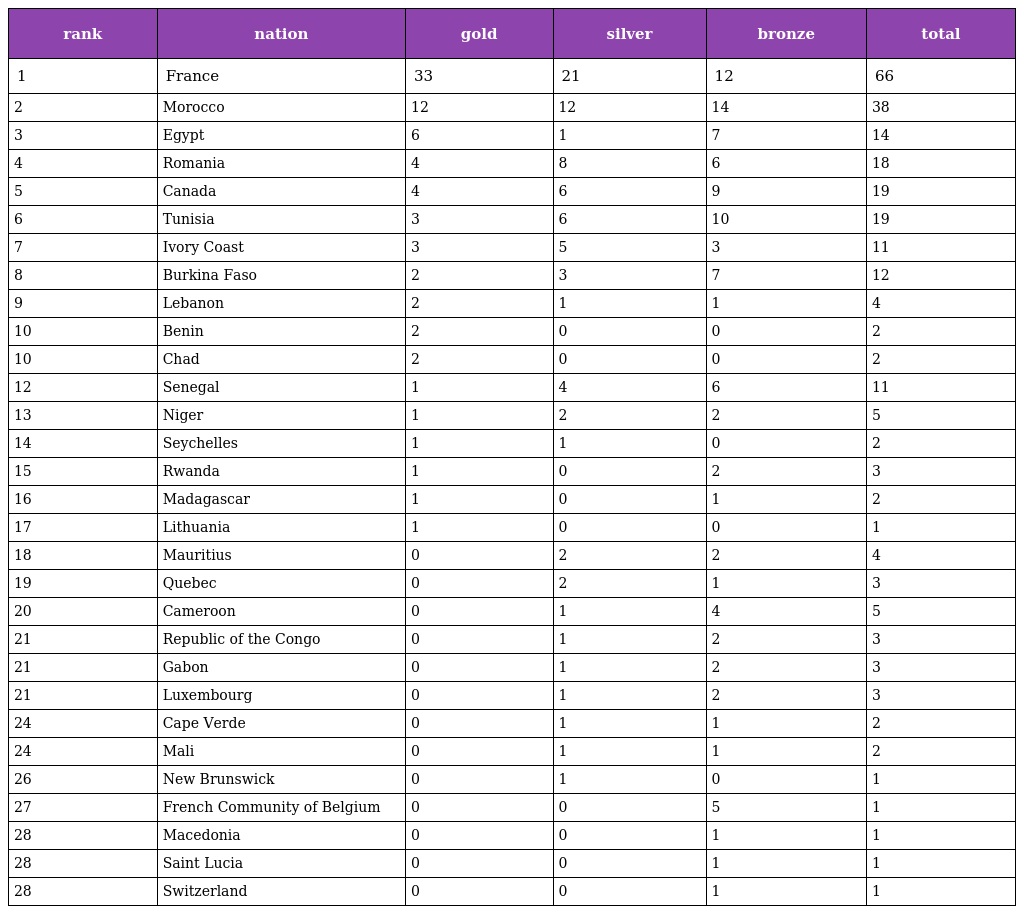
| rank | nation | gold | silver | bronze | total |
 | --- | --- | --- | --- | --- | --- |
 | 1 | France | 33 | 21 | 12 | 66 |
 | 2 | Morocco | 12 | 12 | 14 | 38 |
 | 3 | Egypt | 6 | 1 | 7 | 14 |
 | 4 | Romania | 4 | 8 | 6 | 18 |
 | 5 | Canada | 4 | 6 | 9 | 19 |
 | 6 | Tunisia | 3 | 6 | 10 | 19 |
 | 7 | Ivory Coast | 3 | 5 | 3 | 11 |
 | 8 | Burkina Faso | 2 | 3 | 7 | 12 |
 | 9 | Lebanon | 2 | 1 | 1 | 4 |
 | 10 | Benin | 2 | 0 | 0 | 2 |
 | 10 | Chad | 2 | 0 | 0 | 2 |
 | 12 | Senegal | 1 | 4 | 6 | 11 |
 | 13 | Niger | 1 | 2 | 2 | 5 |
 | 14 | Seychelles | 1 | 1 | 0 | 2 |
 | 15 | Rwanda | 1 | 0 | 2 | 3 |
 | 16 | Madagascar | 1 | 0 | 1 | 2 |
 | 17 | Lithuania | 1 | 0 | 0 | 1 |
 | 18 | Mauritius | 0 | 2 | 2 | 4 |
 | 19 | Quebec | 0 | 2 | 1 | 3 |
 | 20 | Cameroon | 0 | 1 | 4 | 5 |
 | 21 | Republic of the Congo | 0 | 1 | 2 | 3 |
 | 21 | Gabon | 0 | 1 | 2 | 3 |
 | 21 | Luxembourg | 0 | 1 | 2 | 3 |
 | 24 | Cape Verde | 0 | 1 | 1 | 2 |
 | 24 | Mali | 0 | 1 | 1 | 2 |
 | 26 | New Brunswick | 0 | 1 | 0 | 1 |
 | 27 | French Community of Belgium | 0 | 0 | 5 | 1 |
 | 28 | Macedonia | 0 | 0 | 1 | 1 |
 | 28 | Saint Lucia | 0 | 0 | 1 | 1 |
 | 28 | Switzerland | 0 | 0 | 1 | 1 |